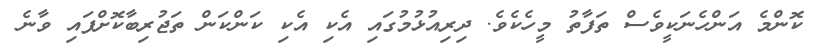
ކޮންމެ އަންހެނަކީވެސް ތަފާތު މީހެކެވެ. ދިރިއުޅުމުގައި އެކި އެކި ކަންކަން ތަޖުރިބާކޮށްފައި ވާނެ